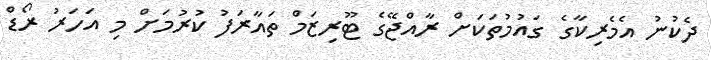
ދެކުނު އެމެރިކާގެ ގައުމުތަކަށް ރާއްޖޭގެ ޓޫރިޒަމް ތައާރަފު ކުރުމަށް މި އަހަރު ރޯޑް